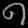
Digit: ၈